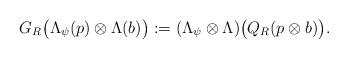
LaTeX: \begin{align*}G_R\bigl(\Lambda_{\psi}(p)\otimes\Lambda(b)\bigr):=(\Lambda_{\psi}\otimes\Lambda)\bigl(Q_R(p\otimes b)\bigr).\end{align*}